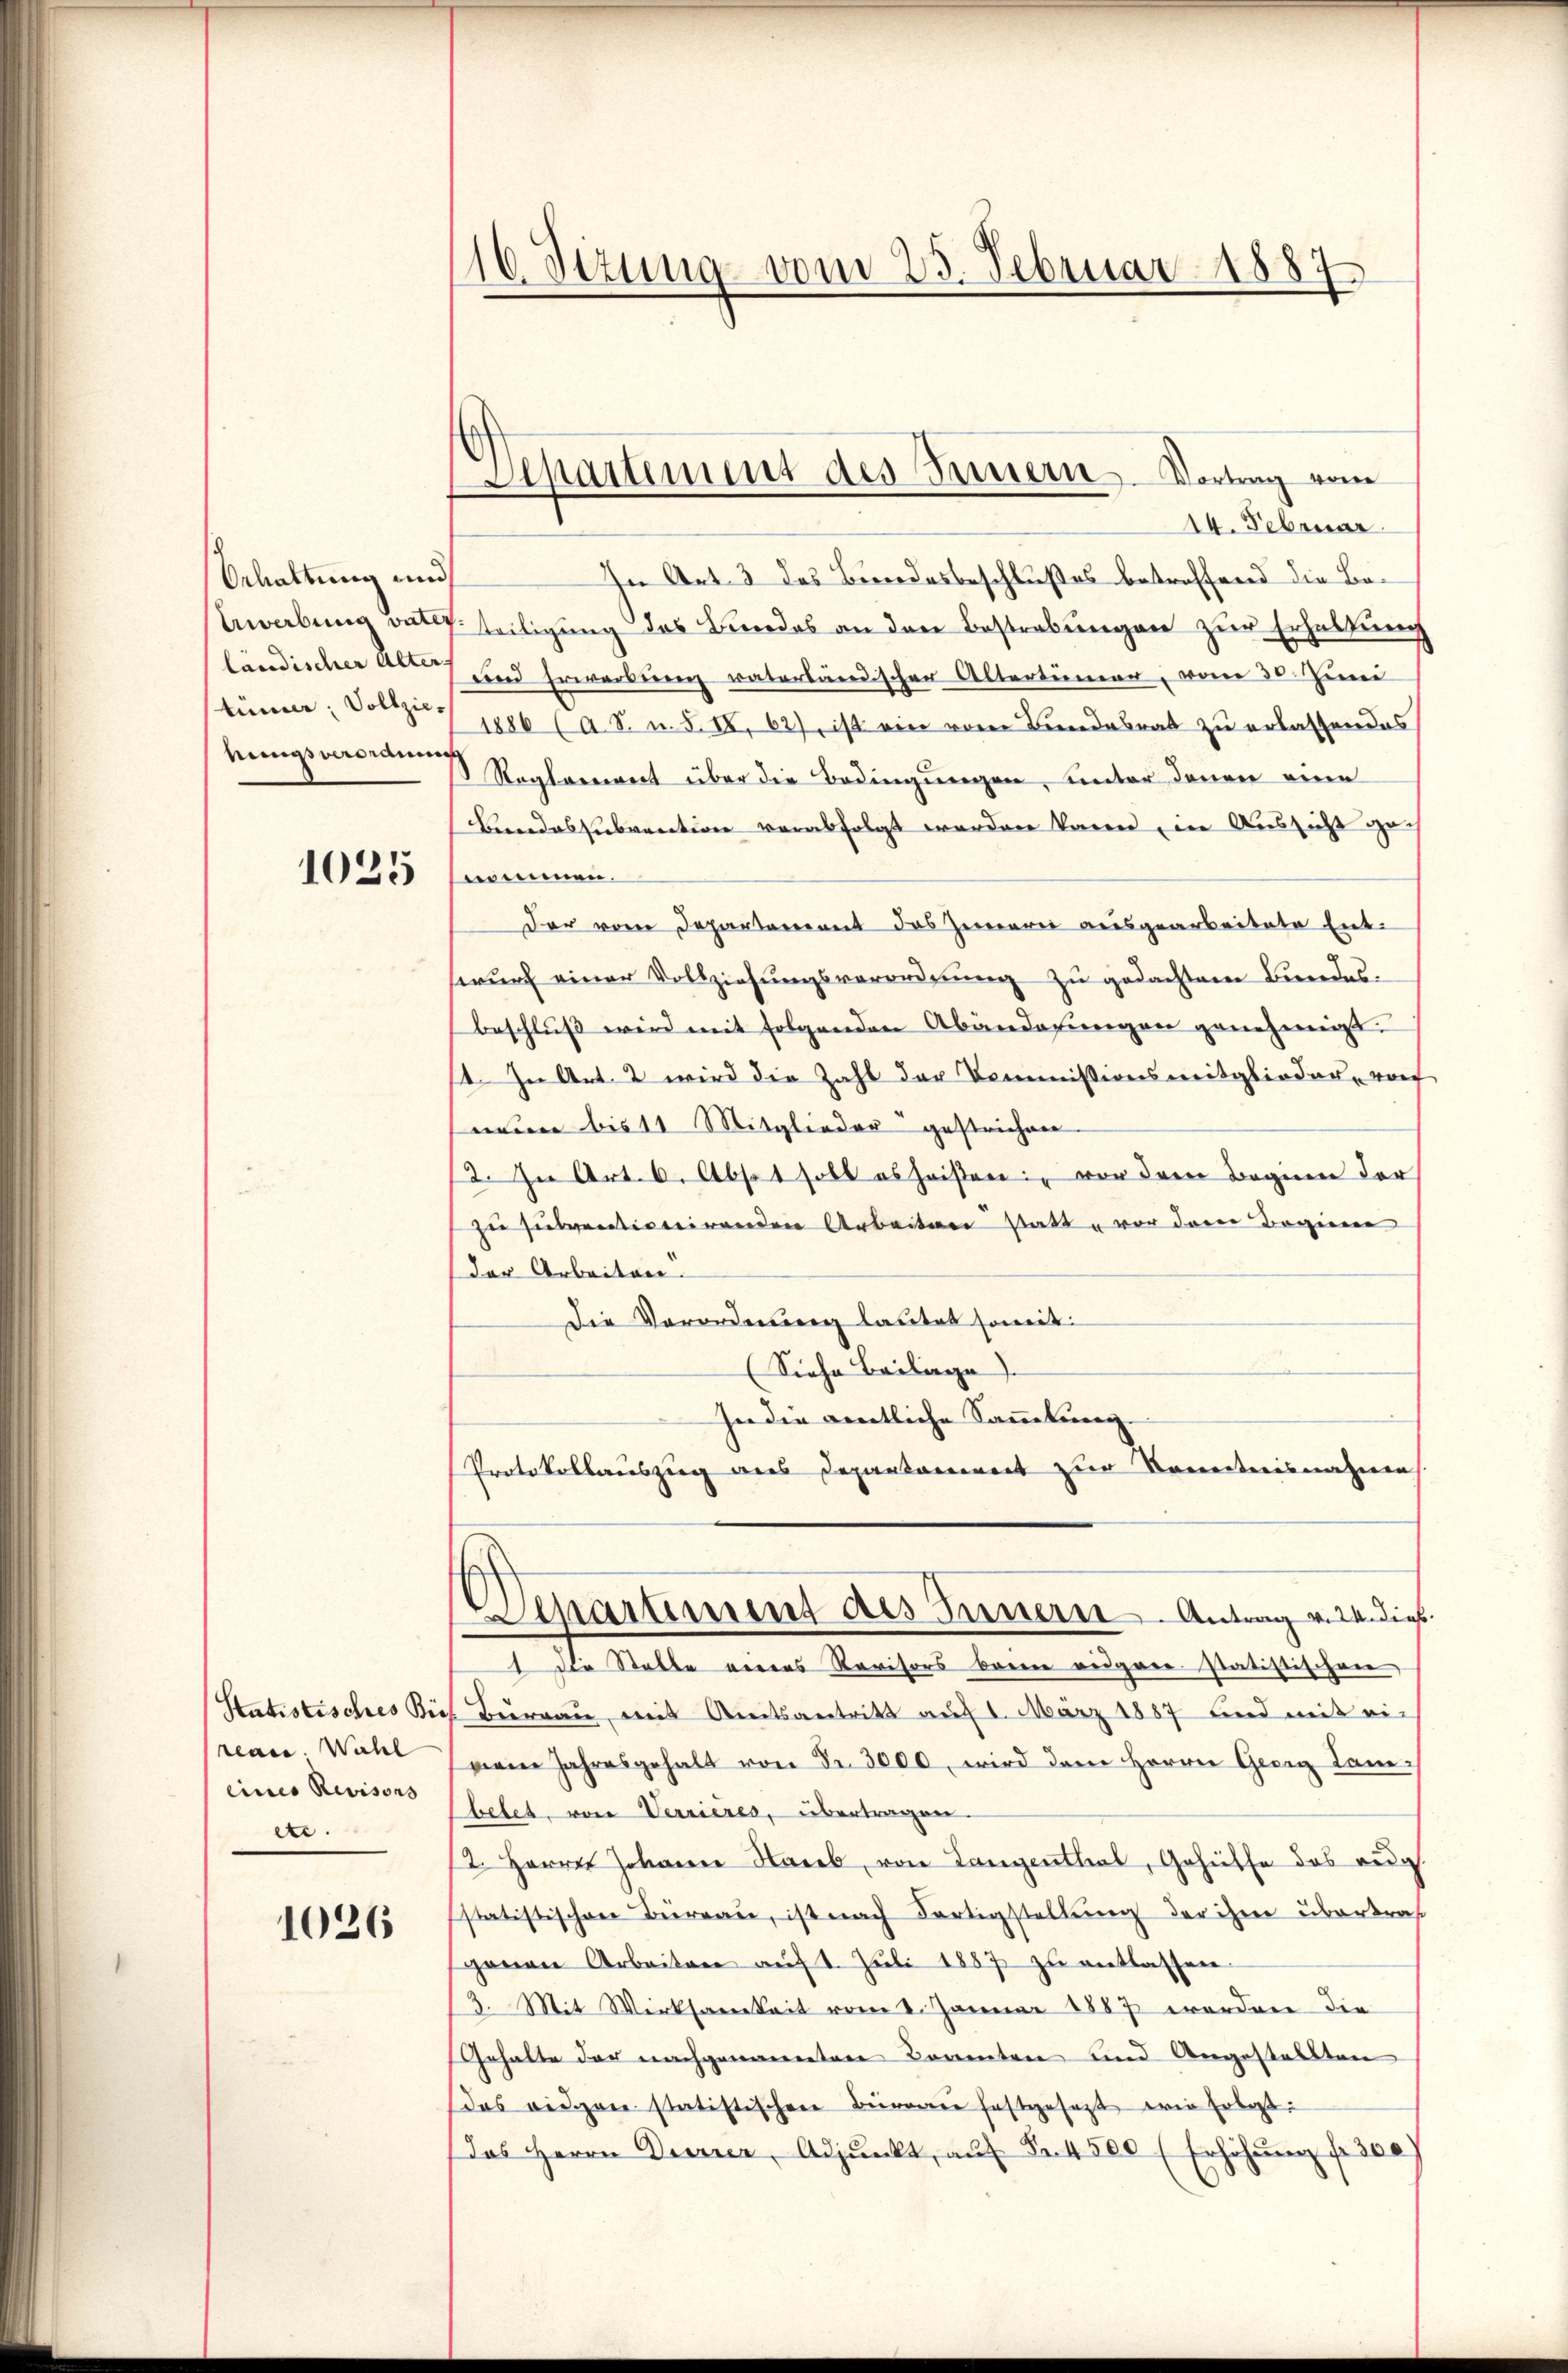
Orhaltung und
Erwerbung vater
ländischer Alter
tümer, Vollzienungsverdrau

1025

Statistisches Bie
reue Wahl
eines Revisons
etc.

1026

16 Stzung vom 23. Februar 1887

Aipartement des Innern Vortrag vom

14. Februar.
In Art. 3 das Berrodesbeschlußes betreffend die Betteiligung des Bundes an den Bestrebungen zur Erhaltung
und Erwerbung vaterländischen Altertümer, vom 30. Juni
1886 (a S. u. S. II. 62), ist ein vom Bundesrat zu erlassendes
Reglerweit über die Bedingungen, unter denen eine
Bundessubvention verabfolgt worden kann, in Aussicht gen
nommen.
Der vom Departement das Zimerei ausgearbeitete Enttwurf einer Vollziehungsverordnung zu gedachten Bundesbeschluß wird mit folgenden Abänderungen genehmigt.
11. In Art. 2 wird die Zahl der Commissionsmitglieder, vorf
neuen bis 11 Mitglieder gestrichen
2. In Art. 6. Absat soll es heisten, von dem Beginn der
zu subventionirenden Arbeiten statt vor dem Beginne
der Arbeiten.
die Verordnung lautet soweit
(Siehe Beilage).
her den aemtliche Sammlung.
Protokollauszug aus Departament zur Kenntnisnahmen.
Lepartement des Innern. Antrag v. 2. dies
1 die Stelle eines Revisors brenne eidgaestatistischen
Burgau, mit Breitsantritt auf 1. März 1887 und mit ei-
nem Jahresgehalt von Fr. 3000, wird dem Herrn Georg Lanbetet, von Verrieres, übertragen.
12. Herrn Johann Hareb, von Langenthal, Gehülfe des eidg.
sstatistischen Büreau, ist nach Fortigstellung der ihre überkraf
genen Arbeiten aŭf 1. Jŭli 1887 zu entlassen.
3. Mit Wirksamkeit vom 2. Januar 1887 erordnen die
Gehalte der nachgenometen Kometen und Angestellten
das eidgen statistischen Bürger festgesetzt wie Erla:
das Herrn Diarrer, Adjunkt, aŭf Fr. 4500 (Erhöhŭng fr. 300